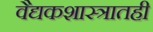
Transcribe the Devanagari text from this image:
वैद्यकशास्त्रातही